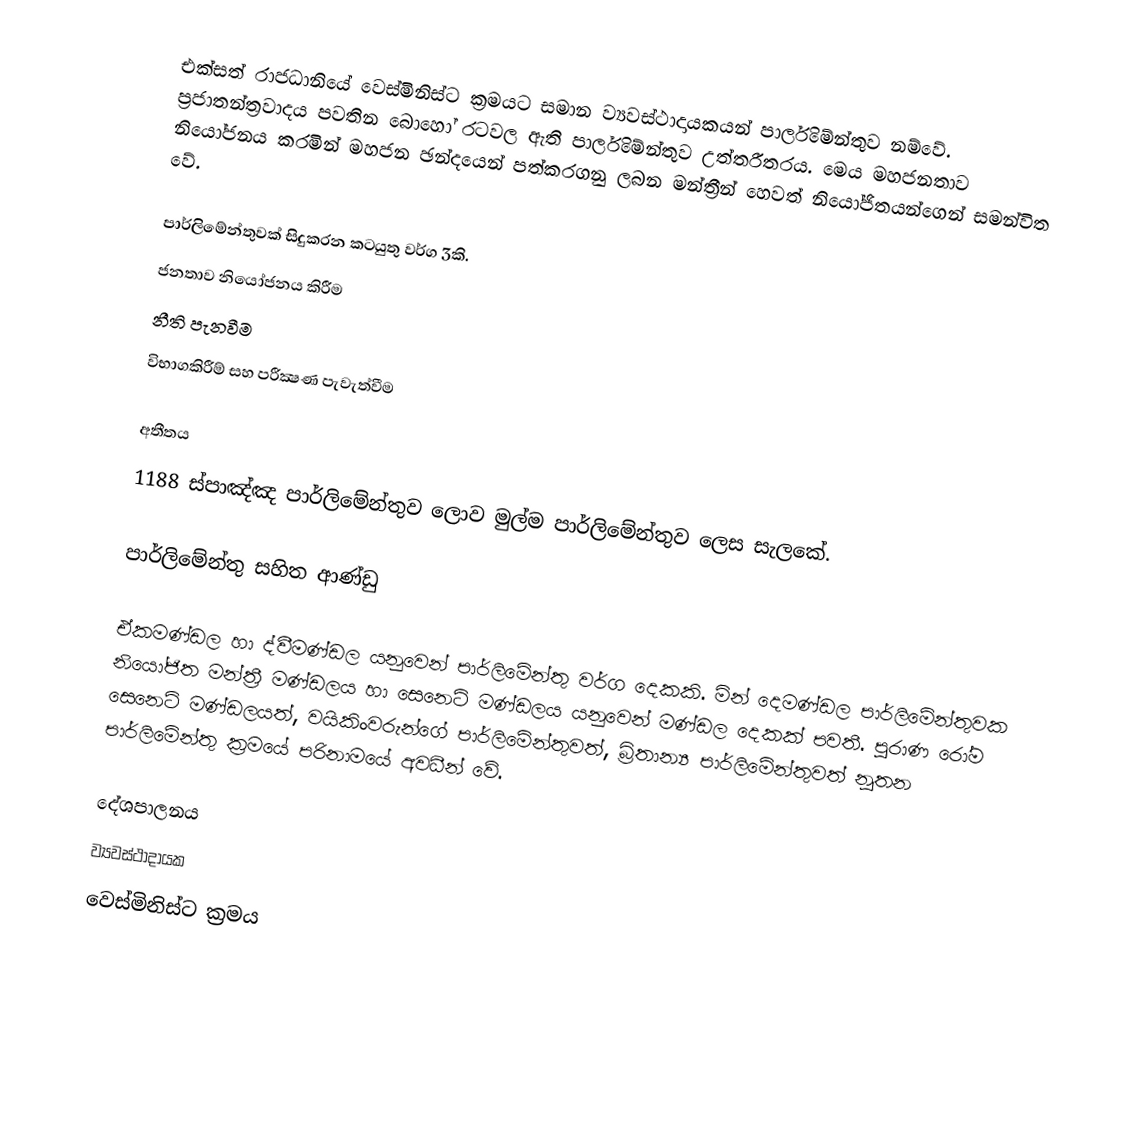
එක්සත් රාජධානියේ වෙස්මිනිස්ට ක්‍රමයට සමාන ව්‍යවස්ථාදායකයන් පාර්ලිමේන්තුව නම්වේ. ප්‍රජාතන්ත්‍රවාදය පවතින බොහෝ රටවල ඇති පාර්ලිමේන්තුව  උත්තරීතරය. මෙය මහජනතාව නියෝජනය කරමින් මහජන ඡන්දයෙන් පත්කරගනු ලබන මන්ත්‍රීන් හෙවත් නියෝජිතයන්ගෙන් සමන්විත වේ.

පාර්ලිමේන්තුවක් සිදුකරන කටයුතු වර්ග 3කි.
 ජනතාව නියෝජනය කිරීම
 නීති පැනවීම
 විභාගකිරීම් සහ පරීක්‍ෂණ පැවැත්වීම

අතීතය
1188 ස්පාඤ්ඤ පාර්ලිමේන්තුව ලොව මුල්ම පාර්ලිමේන්තුව ලෙස සැලකේ.

පාර්ලිමේන්තු සහිත ආණ්ඩු

ඒකමණ්ඩල හා ද්වීමණ්ඩල යනුවෙන් පාර්ලිමේන්තු වර්ග දෙකකි. මින් දෙමණ්‍ඩල පාර්ලිමේන්තුවක නියෝජිත මන්ත්‍රී මණ්ඩලය හා සෙනෙට් මණ්ඩලය යනුවෙන් මණ්ඩල දෙකක් පවතී. පුරාණ රෝම සෙනෙට් මණ්ඩලයත්, වයිකිංවරුන්ගේ පාර්ලිමේන්තුවත්, බ්‍රිතාන්‍ය පාර්ලිමේන්තුවත් නූතන පාර්ලිමේන්තු ක්‍රමයේ පරිනාමයේ අවධීන් වේ.

දේශපාලනය
ව්‍යවස්ථාදායක
වෙස්මිනිස්ට ක්‍රමය